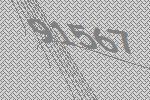
91567